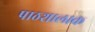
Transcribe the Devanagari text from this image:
पाठशालाक